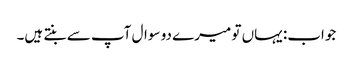
جواب: یہاں تو میرے دو سوال آپ سے بنتے ہیں۔